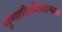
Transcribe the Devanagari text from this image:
गुणशीलविचक्षणस्य